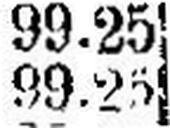
99.25